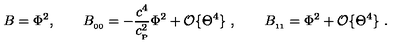
B = \Phi ^ { 2 } , \qquad B _ { _ { 0 0 } } = - { \frac { c ^ { 4 } } { c _ { _ \mathrm { P } } ^ { 2 } } } \Phi ^ { 2 } + { \cal O } \{ \Theta ^ { 4 } \} \ , \qquad B _ { _ { 1 1 } } = \Phi ^ { 2 } + { \cal O } \{ \Theta ^ { 4 } \} \ .